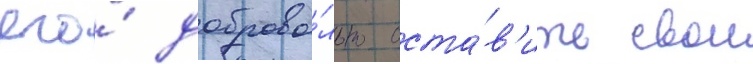
его́ доброво́льно оста́в'ить свои